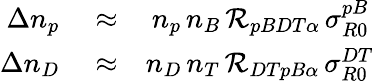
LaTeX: \begin{array}{rlr}{\Delta n_{p}}&{{}\approx}&{n_{p}\, n_{B}\, {\cal R}_{pBDT\alpha}\, \sigma_{R0}^{pB}\, }\\ {\Delta n_{D}}&{{}\approx}&{n_{D}\, n_{T}\, {\cal R}_{DTpB\alpha}\, \sigma_{R0}^{DT}}\end{array}